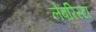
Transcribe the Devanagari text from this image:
लेबरिस्टा